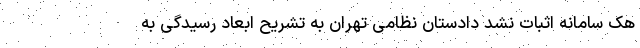
هک سامانه اثبات نشد دادستان نظامی تهران به تشریح ابعاد رسیدگی به